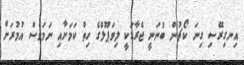
އިނގިރޭސި ގިނަ ކޯޗުން ބުނަނީ ޖެރާޑަކީ ލިވަޕޫލްގެ ހިތް ކަމަށާއި ނަމަވެސް އުމުރަށް